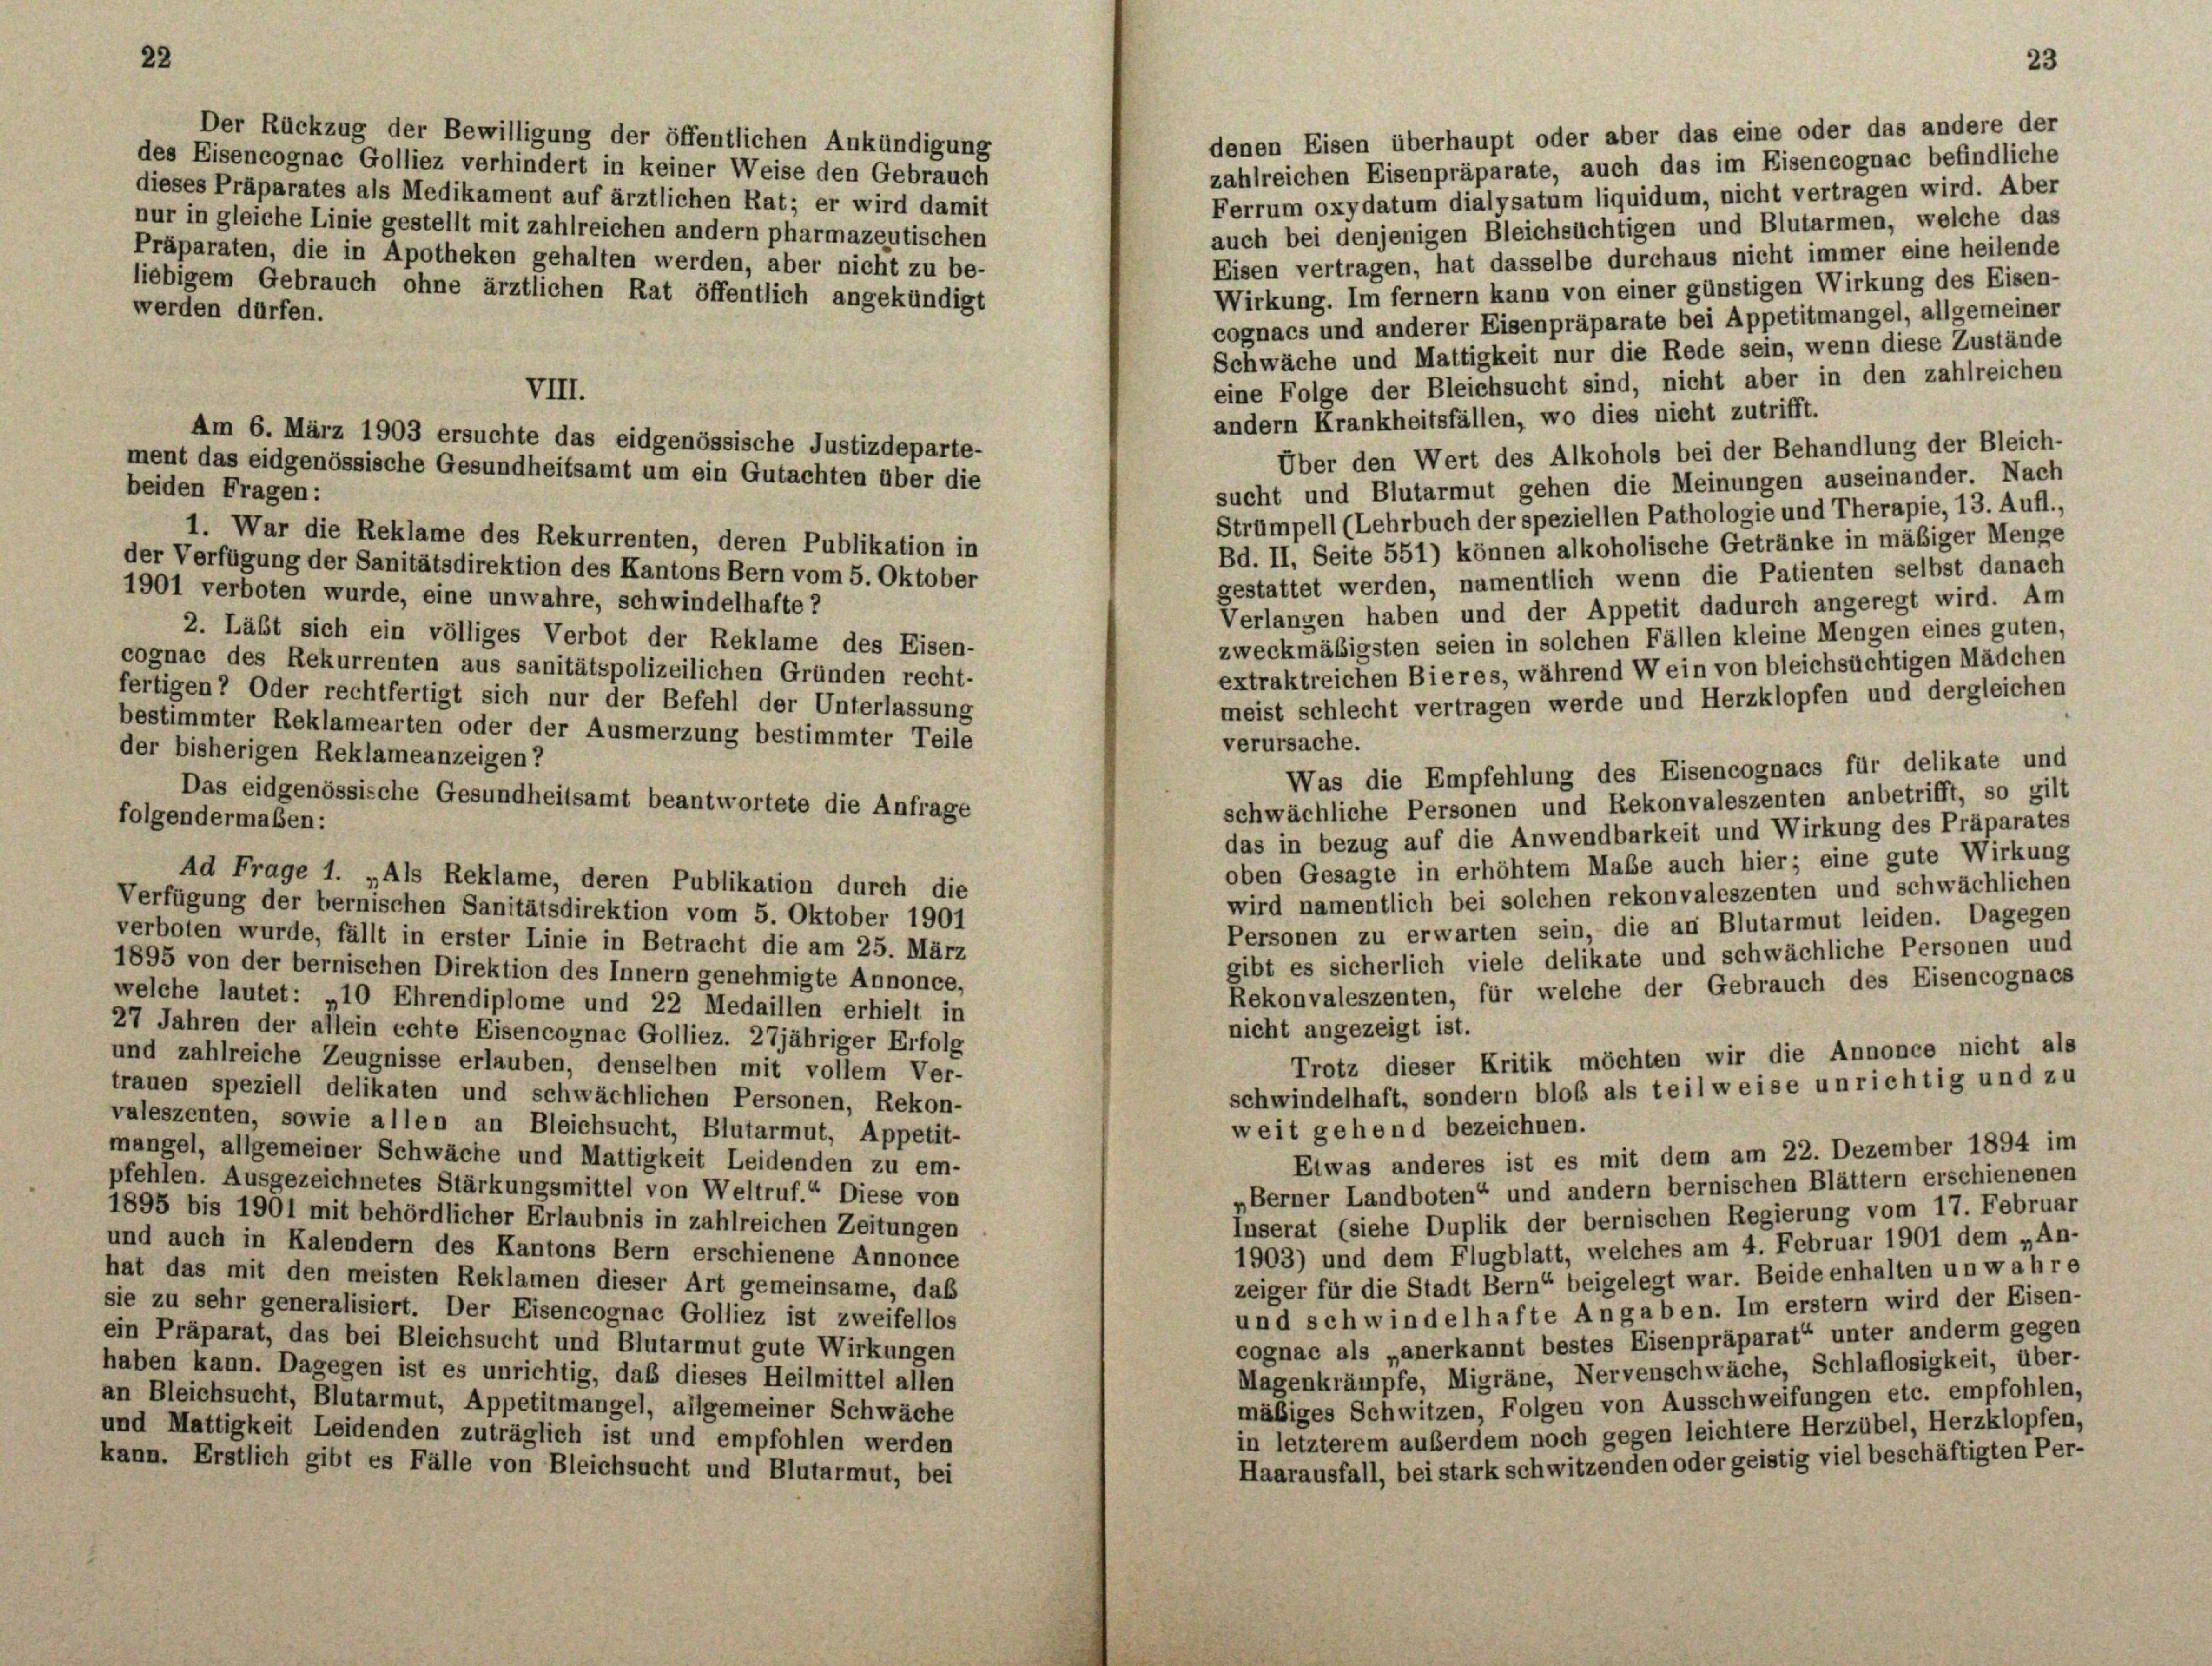
22

Der Rückzug der Bewilligung der öffentlichen Ankündigung
denen Eisen überhaupt oder aber das eine oder das andere der
des Eisencognac Golliez verhindert in keiner Weise den Gebrauch
zahlreichen Eisenpräparate, auch das im Eiseneognac befindliche
dieses Präparates als Medikament auf ärztlichen Rat; er wird damit
Ferrum oxydatum dialysatum liquidum, nicht vertragen wird. Aber
nur in gleiche Linie gestellt mit zahlreichen andern pharmazeutischen
auch bei denjenigen Bleichsüchtigen und Blutarmen, welche das
Präparaten, die in Apotheken gehalten werden, aber nicht zu be-
Eisen vertragen, hat dasselbe durchaus nicht immer eine heilende
liebigem Gebrauch ohne ärztlichen Rat öffentlich angekündigt
Wirkung. Im fernem kann von einer günstigen Wirkung des Eisen-
werden dürfen.
cognacs und anderer Eisenpräparate bei Appetitmangel, allgemeiner
Schwäche und Mattigkeit nur die Rede sein, wenn diese Zustände
eine Folge der Bleichsucht sind, nicht aber in den zahlreichen
VIII.
andern Krankheitsfällen, wo dies nicht zutrifft.
Am 6. März 1903 ersuchte das eidgenössische Justizdeparte-
Über den Wert des Alkohols bei der Behandlung der Bleich-
ment das eidgenössische Gesundheitsamt um ein Gutachten über die
sucht und Blutarmut gehen die Meinungen auseinander. Nach
beiden Fragen:
Strümpell (Lehrbuch der speziellen Pathologie und Therapie, 13. Aufl.,
1. War die Reklame des Rekurrenten, deren Publikation in
Bd. II, Seite 551) können alkoholische Getränke in mäßiger Menge
der Verfügung der Sanitätsdirektion des Kantons Bern vom 5. Oktober
gestattet werden, namentlich wenn die Patienten selbst danach
1901 verboten wurde, eine unwahre, schwindelhafte ?
Verlangen haben und der Appetit dadurch angeregt wird. Am
2. Läßt sich ein völliges Verbot der Reklame des Eisen-
zweckmäßigsten seien in solchen Fällen kleine Mengen eines guten,
cognac des Rekurrenten aus sanitätspolizeilichen Gründen recht-
extraktreichen Bieres, während Wein von bleichsüchtigen Mädchen
fertigen? Oder rechtfertigt sich nur der Befehl der Unterlassung
meist schlecht vertragen werde und Herzklopfen und dergleichen
bestimmter Reklamearten oder der Ausmerzung bestimmter Teile
verursache.
der bisherigen Reklameanzeigen?
Was die Empfehlung des Eisencognacs für delikate und
Das eidgenössische Gesundheitsamt beantwortete die Anfrage
schwächliche Personen und Rekonvaleszenten anbetrifft, so gilt
folgendermaßen:
das in bezug auf die Anwendbarkeit und Wirkung des Präparates
oben Gesagte in erhöhtem Maße auch hier; eine gute Wirkung
Ad Frage 1. „Als Reklame, deren Publikation durch die
wird namentlich bei solchen rekonvaleszenten und schwächlichen
Verfügung der bernischen Sanitätsdirektion vom 5. Oktober 1901
Personen zu erwarten sein, die an Blutarmut leiden. Dagegen
verboten wurde, fällt in erster Linie in Betracht die am 25. März
gibt es sicherlich viele delikate und schwächliche Personen und
1895 von der bernischen Direktion des Innern genehmigte Annonce,
Rekonvaleszenten, für welche der Gebrauch des Eisencognacs
welche lautet: „10 Ehrendiplome und 22 Medaillen erhielt in
nicht angezeigt ist.
27 Jahren der allein echte Eisencognac Golliez. 27jähriger Erfolg
Trotz dieser Kritik möchten wir die Annonce nicht als
und zahlreiche Zeugnisse erlauben, denselben mit vollem Ver-
schwindelhaft, sondern bloß als teilweise unrichtig und zu
trauen speziell delikaten und schwächlichen Personen, Rekon-
valeszenten, sowie allen an Bleichsucht, Blutarmut, Appetit-
weit gehend bezeichnen.
mangel, allgemeiner Schwäche und Mattigkeit Leidenden zu em-
Etwas anderes ist es mit dem am 22. Dezember 1894 im
pfehlen. Ausgezeichnetes Stärkungsmittel von Weltruf.“ Diese von
„Berner Landboten“ und andern bernischen Blättern erschienenen
1895 bis 1901 mit behördlicher Erlaubnis in zahlreichen Zeitungen
Inserat (siehe Duplik der bernischen Regierung vom 17. Februar
und auch in Kalendern des Kantons Bern erschienene Annonce
1903) und dem Flugblatt, welches am 4. Februar 1901 dem „An-
hat das mit den meisten Reklamen dieser Art gemeinsame, daß
zeiger für die Stadt Bern“ beigelegt war. Beide enhalten unwahre
sie zu sehr generalisiert. Der Eisencognac Golliez ist zweifellos
und schwindelhafte Angaben. Im erstem wird der Eisen-
ein Präparat, das bei Bleichsucht und Blutarmut gute Wirkungen
cognac als „anerkannt bestes Eisenpräparat“ unter anderm gegen
haben kann. Dagegen ist es unrichtig, daß dieses Heilmittel allen
Magenkrämpfe, Migräne, Nervenschwäche, Schlaflosigkeit, über-
mäßiges Schwitzen, Folgen von Ausschweifungen etc. empfohlen,
an Bleichsucht, Blutarmut, Appetitmangel, allgemeiner Schwäche
und Mattigkeit Leidenden zuträglich ist und empfohlen werden
in letzterem außerdem noch gegen leichtere Herzübel, Herzklopfen,
Haarausfall, bei stark schwitzenden oder geistig viel beschäftigten Per-
kann. Erstlich gibt es Fälle von Bleichsucht und Blutarmut, bei

23